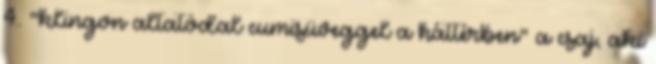
4. "klingon altatódal cumisüveggel a háttérben" a csaj, aki